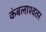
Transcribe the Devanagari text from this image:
कंबलाश्वतर